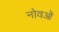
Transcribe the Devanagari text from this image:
नोवओं